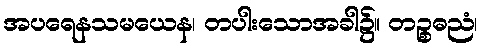
အပရေနသမယေန၊ တပါးသောအခါ၌။ တဉ္စဓညံ၊